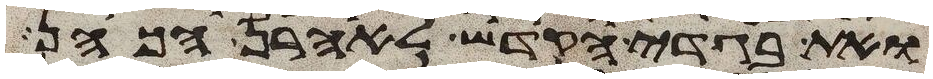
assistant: ואת בגדי הקדש לאהרן הכהן